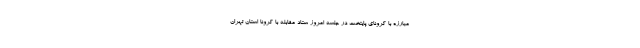
مبارزه با کرونای پایتخت در جلسه امروز ستاد مقابله با کرونا استان تهران